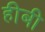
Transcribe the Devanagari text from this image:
हीबी